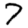
Digit: 7